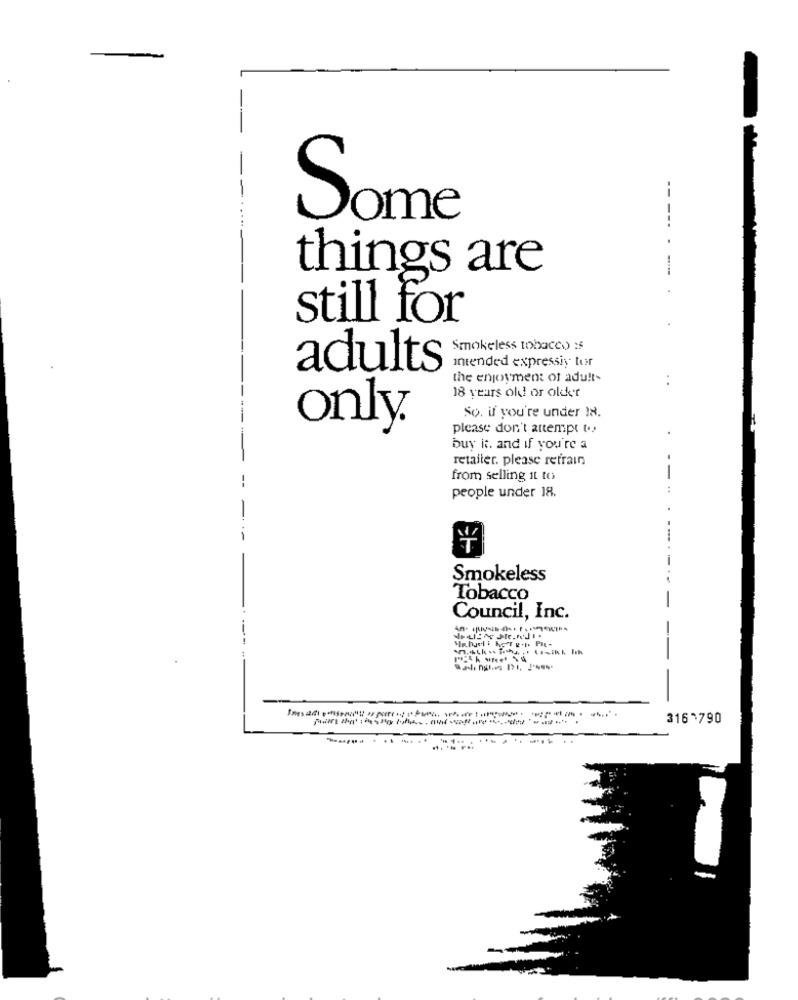
--
Some
-----
things are
still for
Smokeless tohaces) :s
intended expressiy tur
adults
the enjoyment of adult-
18 years old or older
So. if you're under 18.
only.
please don't attempt to
buy it. and if you're a
retailer. please refrain
--
from selling it to
people under 18.
Smokeless
Tobacco
Council, Inc.
3163790
....... ......
......-....